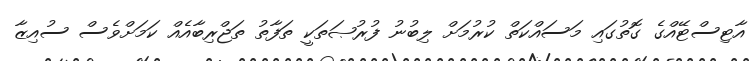
އާޓިސްޓޭއްގެ ގޮތުގައި މަސައްކަތް ކުރުމަށް ލިބުނު ފުރުޞަތަކީ ތަފާތު ތަޖްރިބާއެއް ކަމަށްވެސް ސުއިޒާ